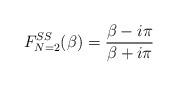
LaTeX: \begin{align*}F^{SS}_{N=2}(\beta)=\frac{\beta-i\pi}{\beta + i\pi}\end{align*}